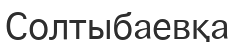
Солтыбаевқа